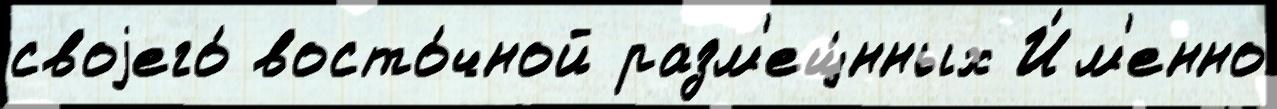
своjего́ восто́чной разм'ещ́нных И́м'енно